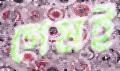
গেমই